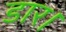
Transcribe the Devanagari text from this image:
डार।